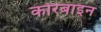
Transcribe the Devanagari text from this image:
कोरबाइन